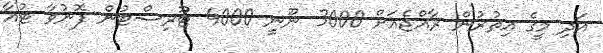
އަދި މީގެ އިތުރުން ރާއްޖެއަށް 3000 ނޫނީ 4000 ޓޫރިސްޓުން ފޮނުވާ ޓުއާ